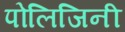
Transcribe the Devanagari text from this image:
पोलिजिनी